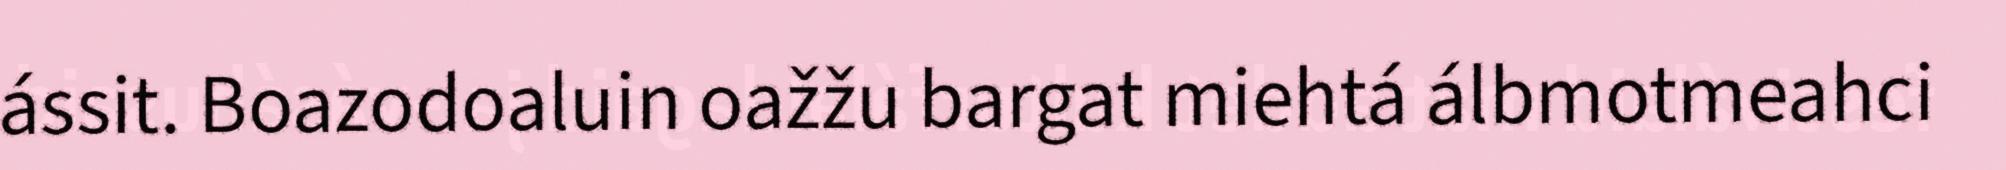
ássit. Boazodoaluin oažžu bargat miehtá álbmotmeahci